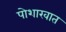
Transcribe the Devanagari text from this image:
पोशाखात